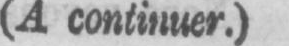
(A continuer.)